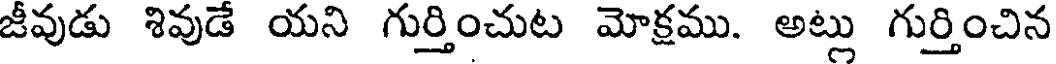
జీవుడు శివుడే యని గుర్తించుట మోక్షము. అట్లు గుర్తించిన